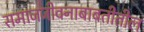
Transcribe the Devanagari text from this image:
समाजजीवनाबाबतीतील